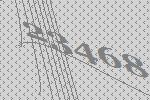
23468